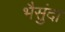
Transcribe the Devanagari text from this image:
भैसुंदा